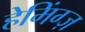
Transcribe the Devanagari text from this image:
हेमिंग्ज़